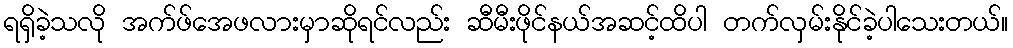
ရရှိခဲ့သလို အက်ဖ်အေဖလားမှာဆိုရင်လည်း ဆီမီးဖိုင်နယ်အဆင့်ထိပါ တက်လှမ်းနိုင်ခဲ့ပါသေးတယ်။